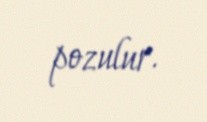
pozulur.